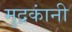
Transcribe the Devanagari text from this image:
मुद्रकांनी